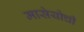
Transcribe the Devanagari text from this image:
मासेयोची